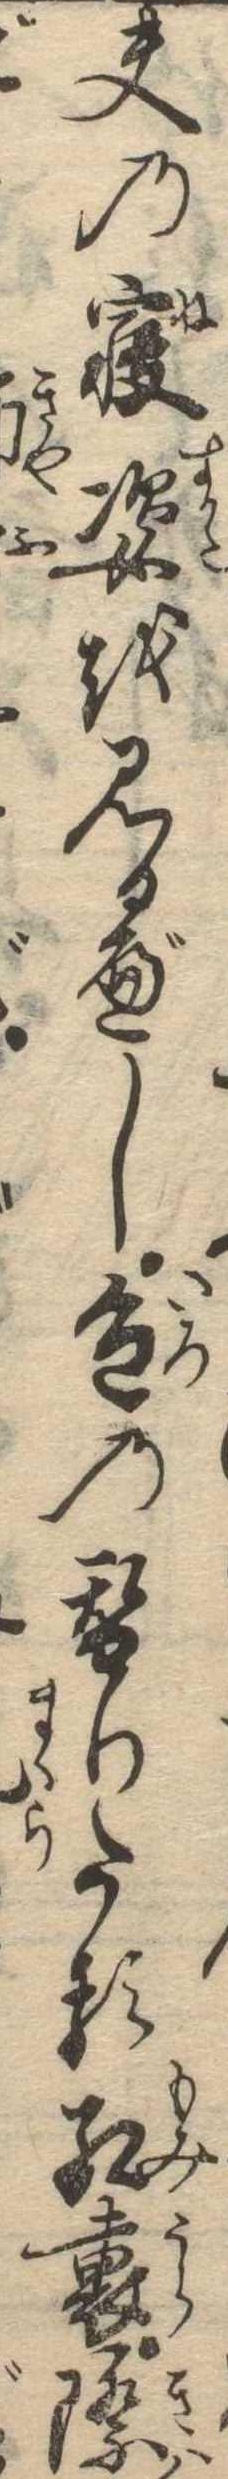
夫の寝姿を見るべし色の替りたる紅裏際